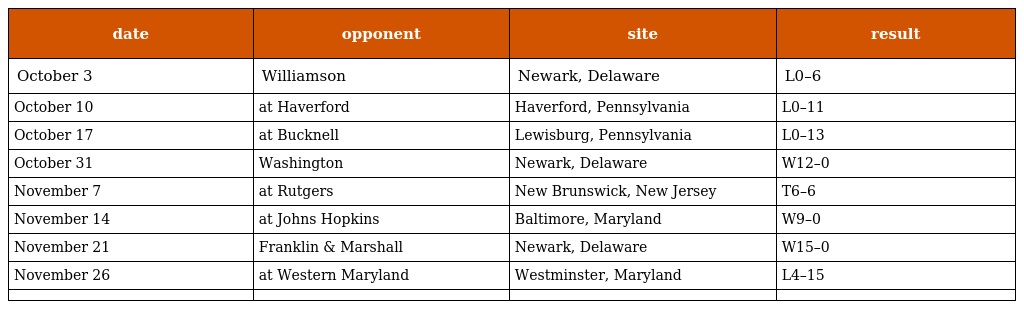
| date | opponent | site | result |
 | --- | --- | --- | --- |
 | October 3 | Williamson | Newark, Delaware | L0–6 |
 | October 10 | at Haverford | Haverford, Pennsylvania | L0–11 |
 | October 17 | at Bucknell | Lewisburg, Pennsylvania | L0–13 |
 | October 31 | Washington | Newark, Delaware | W12–0 |
 | November 7 | at Rutgers | New Brunswick, New Jersey | T6–6 |
 | November 14 | at Johns Hopkins | Baltimore, Maryland | W9–0 |
 | November 21 | Franklin & Marshall | Newark, Delaware | W15–0 |
 | November 26 | at Western Maryland | Westminster, Maryland | L4–15 |
 |  |  |  |  |